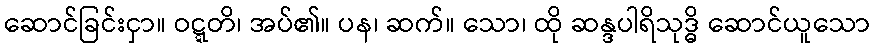
ဆောင်ခြင်းငှာ။ ဝဋ္ဋတိ၊ အပ်၏။ ပန၊ ဆက်။ သော၊ ထို ဆန္ဒပါရိသုဒ္ဓိ ဆောင်ယူသော